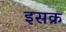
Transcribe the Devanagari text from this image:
इसक्र